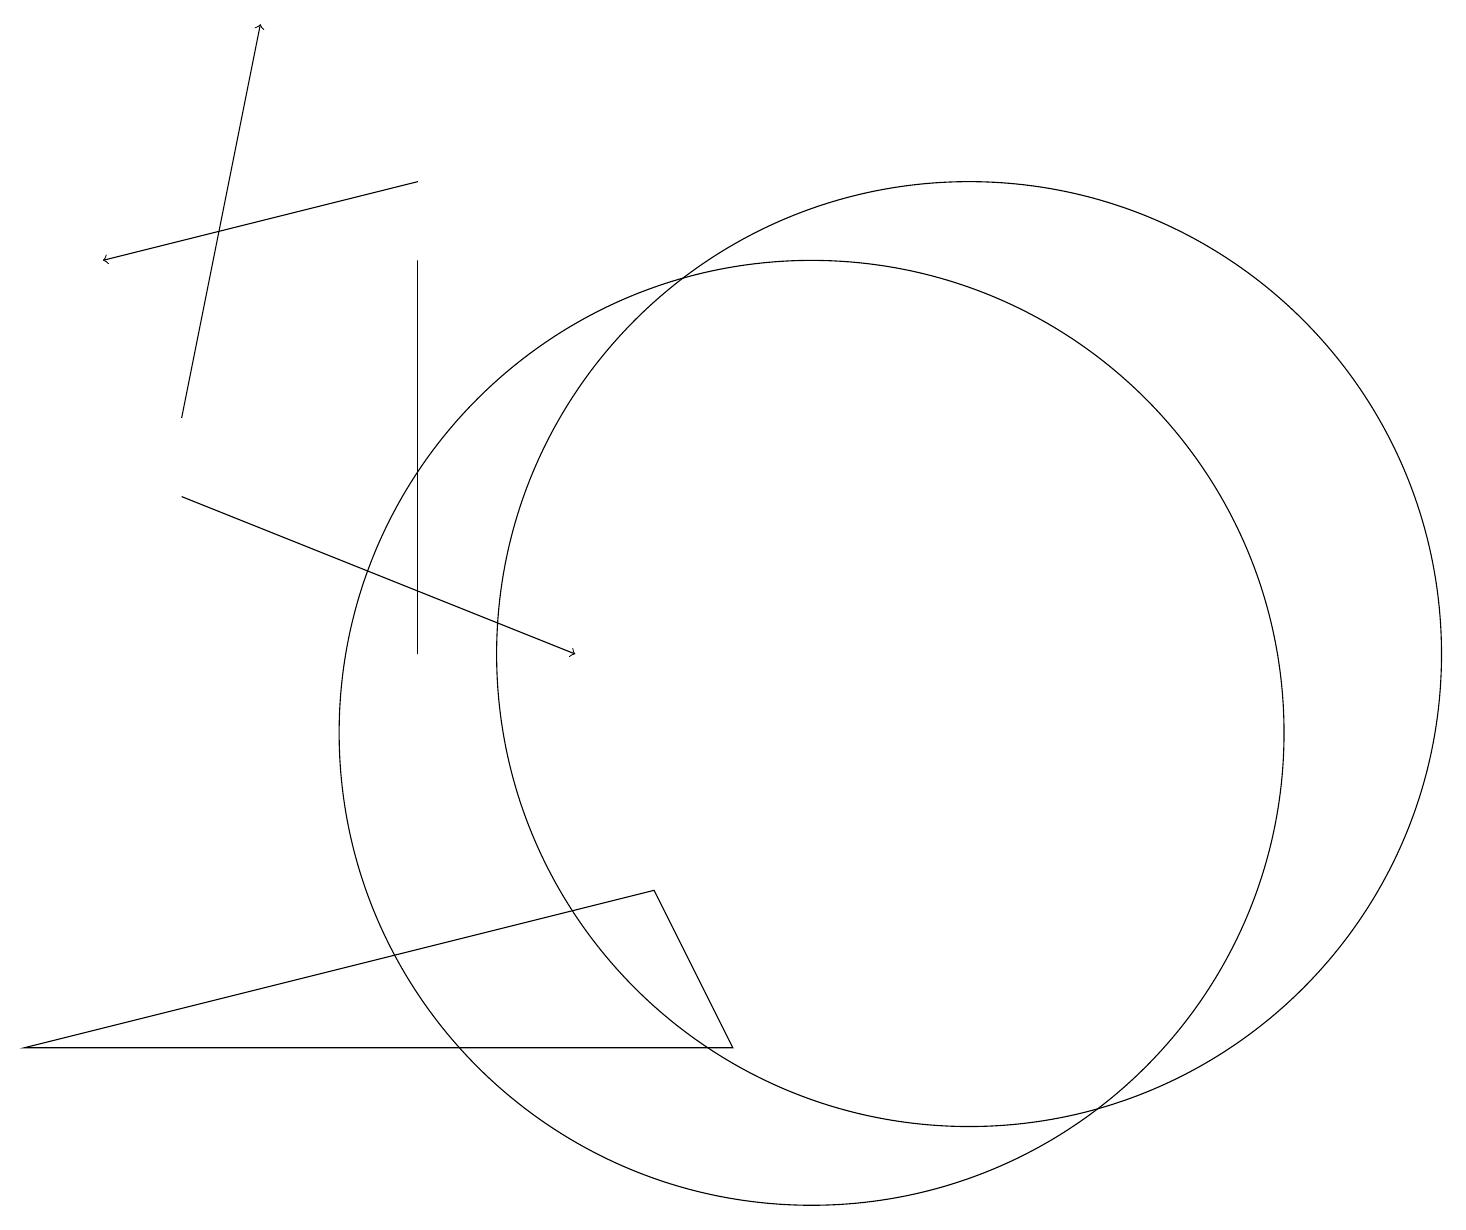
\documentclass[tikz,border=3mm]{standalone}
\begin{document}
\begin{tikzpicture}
\draw (9,6) -- (0,6) -- (8,8) -- cycle;
\draw (5,11) rectangle (5,16);
\draw[->] (2,13) -- (7,11);
\draw (12,11) circle (6);
\draw[->] (5,17) -- (1,16);
\draw (10,10) circle (6);
\draw[->] (2,14) -- (3,19);
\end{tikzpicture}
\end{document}